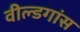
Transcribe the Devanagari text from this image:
वील्डगांस